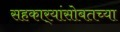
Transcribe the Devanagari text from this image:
सहकार्‍यांसोबतच्या